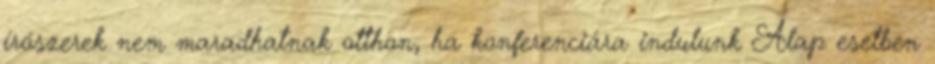
írószerek nem maradhatnak otthon, ha konferenciára indulunk Alap esetben